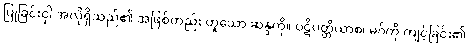
ပြုခြင်းငှါ အလိုရှိသည်၏ အဖြစ်တည်း ဟူသော ဆန္ဒကို။ ပဋိပတ္တိယာစ၊ မဂ်ကို ကျင့်ခြင်း၏